Medical and sanitary report of the native army of Bengal for the year
Year: 1878
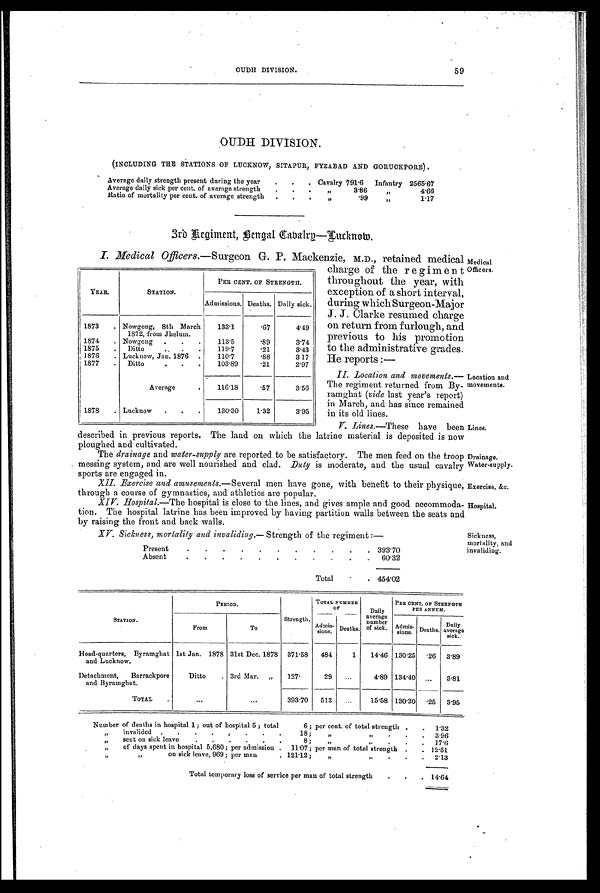
OUDH DIVISION. 59
OUDH DIVISION.
(INCLUDING THE STATIONS OF LUCKNOW, SITAPUR, FYZABAD AND GORUCKPORE)
Average daily strength present during the year
.
.
. Cavalry 791.6
Infantry 2565.67
Average daily sick per cent, of average strength
.
.
.
, ,
3.86
,,
4.66
Ratio of mortality per cent. of average strength
.
.
.
, ,
.99
,,
1.17
3rd Regiment, Bengal Cabalry—Luknow.
I. Medical Officers.—Surgeon G. P. Mackenzie, M.D., retained medical
YEAR.
STATION.
PER CENT. OF STRENGTH.
Admissions. Deaths. Daily sick.
1873
. Nowgong, 8th March
1872, from Jhelum.
133.1
.67
4.49
1874
. Nowgong
.
.
.
113.5
.89
3.74
1875
.
Ditto
. _
. .
119.7
.21
3.43
1876
. Lucknow, Jan. 1876 .
110.7
.88
3.17
1877
.
Ditto
.
.
.
103.89
.21
2.97
Average
.
116.18
.57
3.56
1878
. Lucknow
.
.
.
130.30
1.32
3.95
described in previous reports. The land on which the latrine material is deposited is now
ploughed and cultivated.
The drainage and water-supply are reported to be satisfactory. The men feed on the troop
messing system, and are well nourished and clad. Duty is moderate, and the usual cavalry
sports are engaged in.
XII. Exercise and amusements. —Several men have gone, with benefit to their physique
through a course of gymnastics, and athletics are popular.
XIV. Hospital.—The hospital is close to the lines, and gives ample and good accommoda
tion. The hospital latrine has been improved by having partition walls between the seats and
by raising the front and back walls.
X V . S i c k n e s s , m o r t a l i t y a n d i n v a l i d i n g .—
S t r e n g t h o f t h e r e g i m e n t : —
Present
.
.
.
.
.
.
.
.
.
.
. 393.70
Absent
.
.
.
.
.
.
.
.
.
.
.
60.32
Total
.
. 454.02
charge of the regiment
throughout the year, with
exception of a short interval,
during which Surgeon-Major
J. J. Clarke resumed charge
on return from furlough, and
previous to his promotion
to the administrative grades.
He reports :—
II. Location and movements. —
The regiment returned from By-
ramghat (vide last year's report)
in March, and has since remained
in its old lines.
V. Lines.—These have been
Medical
Officers.
Location and
movements.
Lines.
Drainage.
Water-supply.
Exercise, &c.
Hospital.
Sickness,
mortality, and
invaliding.
STATION.
PERIOD.
Strength.
TOTAL NUMBER
OF
Daily
average
number
of sick.
PER CENT. OP STRENGTH
PER ANNUM.
From
To
Admis-
sions.
Deaths.
Admis-
sions. Deaths.
Daily
average
sick.
Head-quarters, Byramghat
and Lucknow.
1st Jan. 1878 31st Dec. 1878 371 . 58
484
1
14.46 130.25 .26 3.89
Detachment, Barrackpore
and Byramghat.
Ditto
. 3rd Mar. „
127.
29
...
4.89 134.40 ...
3.81
TOTAL
. . .
...
393.70
513
...
15.58 130. 30 .25
3.95
Number of deaths in hospital 1; out of hospital 5 ; total 6; per cent. of total strength .
.
1.32
„
invalided .
.
.
.
,
.
.
.
18;
„
,,
.
. .
3.96
„
sent on sick leave
.
.
.
.
..
. 8 ;
„ . , ,
.
.
.
17 . 6
„
of days spent in hospital 5,680; per admission . 11.07; per man of total strength .
- 12.51
,,
on sick leave, 969; per man
. 121.12;
„
,,
.
.
.
2.13
Total temporary loss of service per man of total strength
.
.
. 14.64